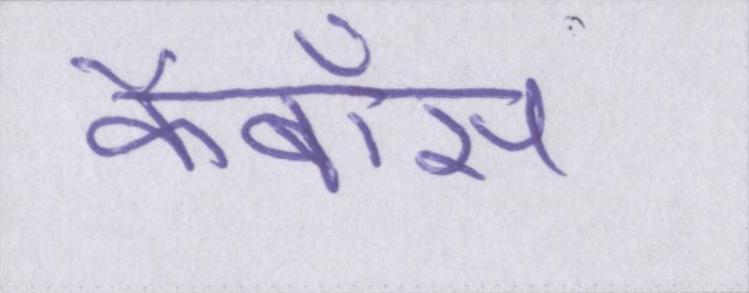
कैबॉस